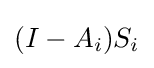
(I-A_{i})S_{i}